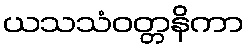
ယသသံဝတ္တနိကာ